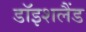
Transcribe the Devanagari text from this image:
डॉइशलैंड